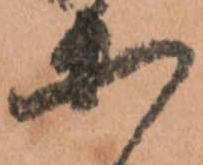
等